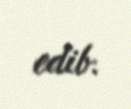
edib.